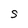
Character: S